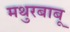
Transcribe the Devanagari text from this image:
मथुरबाबू